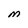
Character: M